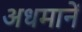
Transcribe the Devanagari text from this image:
अधमानें